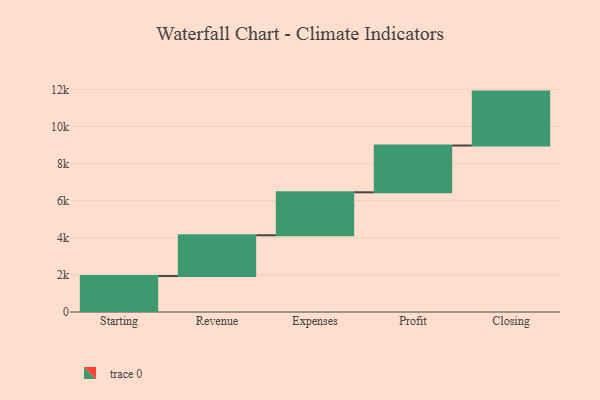
{"axis": {"x": "Step", "y": "Value"}, "legend": [""], "data": [{"x": "Starting", "y": 1937.0, "type": ""}, {"x": "Revenue", "y": 2198.0, "type": ""}, {"x": "Expenses", "y": 2316.0, "type": ""}, {"x": "Profit", "y": 2520.0, "type": ""}, {"x": "Closing", "y": 2906.0, "type": ""}]}